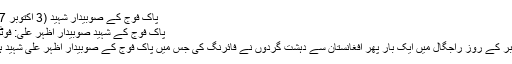
پاک فوج کے صوبیدار شہید (3 اکتوبر 2017)
پاک فوج کے شہید صوبیدار اظہر علی: فوٹو/ فائل
3 اکتوبر کے روز راجگال میں ایک بار پھر افغانستان سے دہشت گردوں نے فائرنگ کی جس میں پاک فوج کے صوبیدار اظہر علی شہید ہوگئے۔